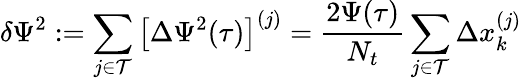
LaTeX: \delta\Psi^{2}:=\sum_{j\in\mathcal{T}}\big[\Delta\Psi^{2}(\tau)\big]^{(j)}=\frac{2\Psi(\tau)}{N_{t}}\sum_{j\in\mathcal{T}}\Delta x_{k}^{(j)}